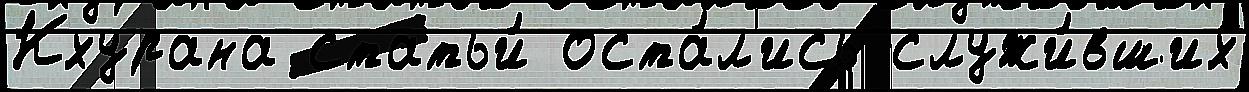
Кхурана статьи́ оста́л'ись служи́вших